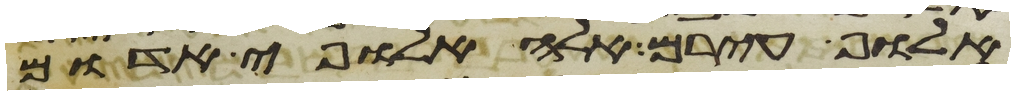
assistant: אלוף עירם אלה אלופי אדום